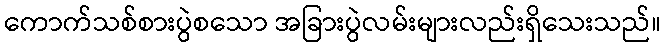
ကောက်သစ်စားပွဲစသော အခြားပွဲလမ်းများလည်းရှိသေးသည်။